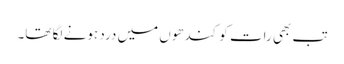
تب بھی رات کو کندھوں میں درد ہونے لگا تھا۔